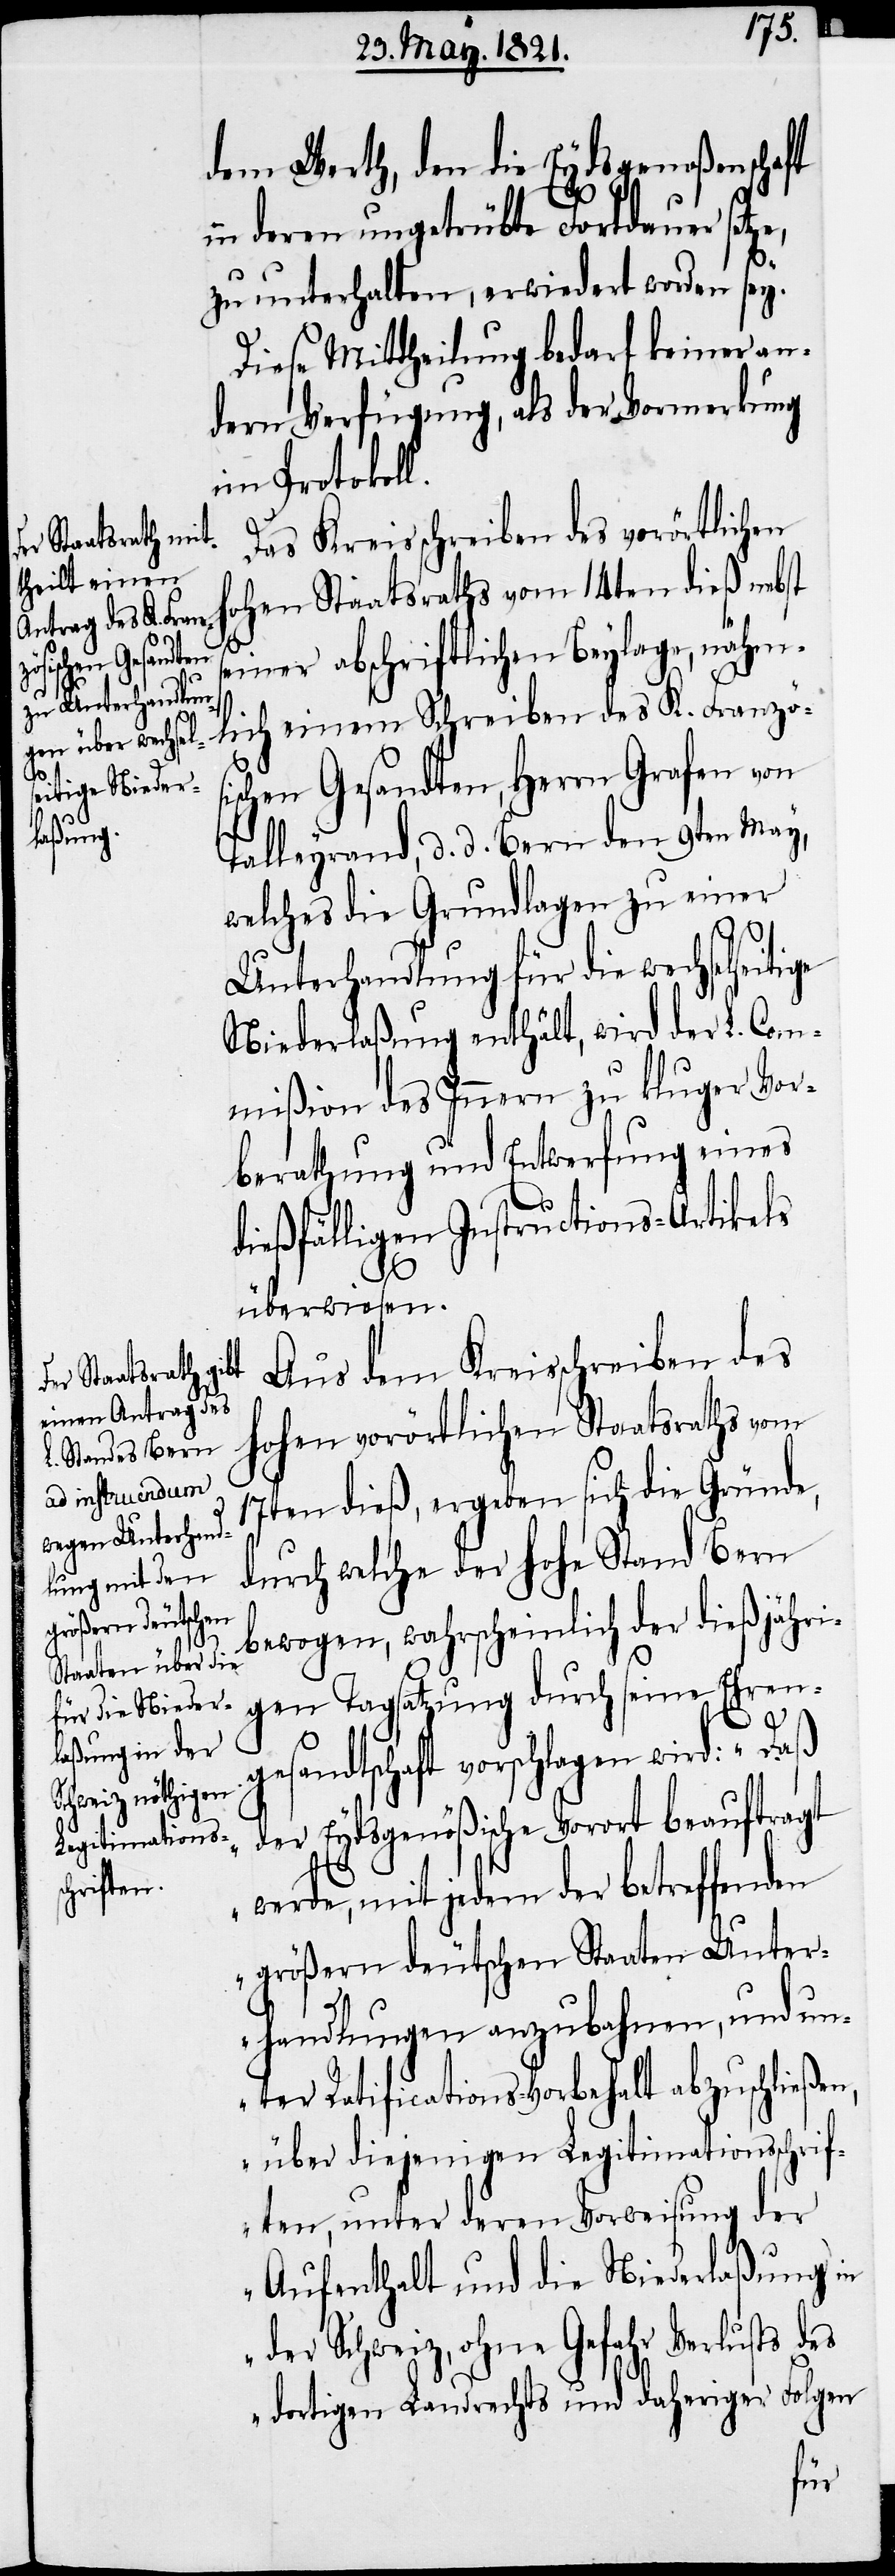
dem Werth, den die Eydsgenoßenschaft
in deren ungetrübte Fortdauer setz¬
zu unterhalten, erwiedert worden sey.
Diese Mittheilung bedarf keiner an¬
dern Verfügung, als der Vormerkung
im Protokol¬
Das Kreisschreiben des vorörtlichen
hohen Staatsraths vom 14ten dieß nebst
einer abschriftlichen Beylage, nähm¬
lich einem Schreiben des K. Französi¬
schen Gesandten, Herrn Grafen von
Talleyrand, d. d. Bern den 9ten May,
welches die Grundlagen zu einer
Unterhandlung für die wechselseitige
Niederlaßung enthält, wird der L. Com¬
mißion des Innern zu kluger Vor¬
berathung und Entwerfung eines
s¬
dießfälligen Instructions-Artikels
überwiesen.
Aus dem Kreisschreiben des
hohen vorörtlichen Staatsraths vom
17ten dieß, ergeben sich die Gründe,
durch welche der hohe Stand Bern
bewogen, wahrscheinlich der dießjähri¬
gen Tagsatzung durch seine Ehren¬
gesandtschaft vorschlagen wird: „Daß
der Eydsgenößische Vorort beauftragt
werde, mit jedem der betreffenden
größern deutschen Staaten Unter¬
handlungen anzubahnen, und un¬
ter Ratifications-Vorbehalt abzuschließen,
über diejenigen Legitimationsschrif¬
ten, unter deren Vorweisung der
Aufenthalt und die Niederlaßung in
der Schweiz, ohne Gefahr Verlusts des
dortigen Landrechts und daheriger Folgen